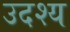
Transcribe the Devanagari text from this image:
उदश्य